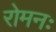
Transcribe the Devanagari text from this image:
रोमनः